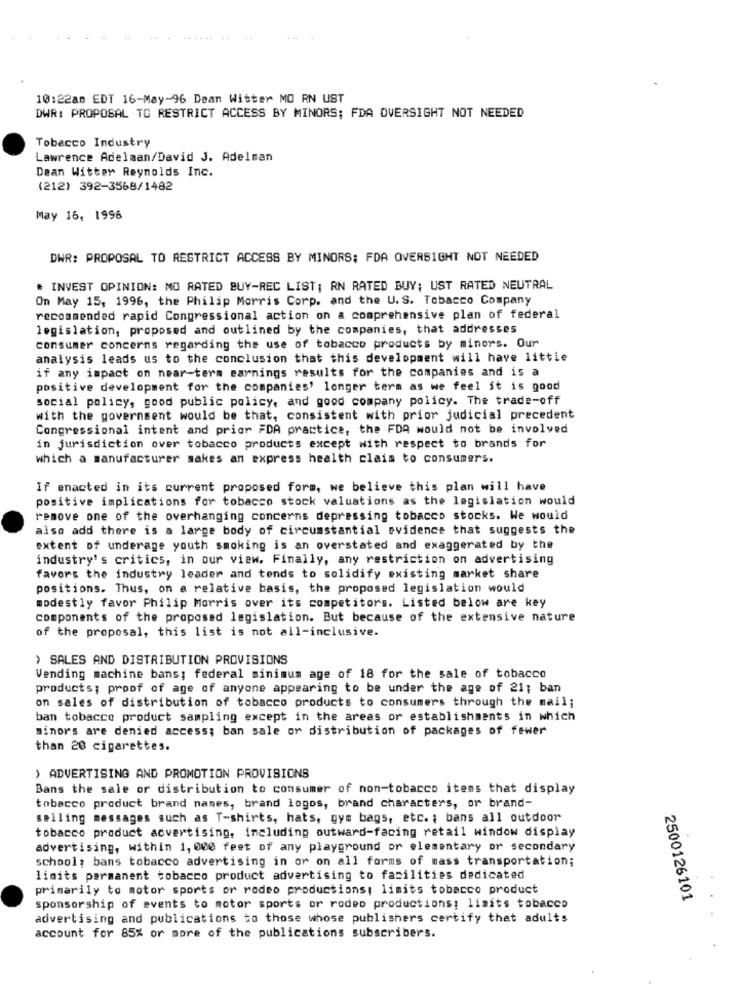
10:22am EDT 16-May-96 Dean Witter MO RN UST
DWR: PROPOSAL TO RESTRICT ACCESS BY MINORS; FDA OVERSIGHT NOT NEEDED
Tobacco Industry
Lawrence Adelman/David J. Adelman
Dean Witter Reynolds Inc.
(212) 392-3568/1482
May 16, 1996
DWR: PROPOSAL TO RESTRICT ACCESS BY MINORS; FDA OVERSIGHT NOT NEEDED
* INVEST OPINION: MO RATED BUY-REC LIST; RN RATED BUY; UST RATED NEUTRAL
On May 15, 1996, the Philip Morris Corp. and the U.S. Tobacco Company
recommended rapid Congressional action on a comprehensive plan of federal
legislation, proposed and outlined by the companies, that addresses
consumer concerns regarding the use of tobacco products by minors. Our
analysis leads us to the conclusion that this development will have little
if any impact on near-term earnings results for the companies and is a
positive development for the companies' longer term as we feel it is good
social policy, good public policy, and good company policy. The trade-off
with the government would be that, consistent with prior judicial precedent
Congressional intent and prior FDA practice, the FDA would not be involved
in jurisdiction over tobacco products except with respect to brands for
which a manufacturer makes an express health clais to consumers.
If enacted in its current proposed form, we believe this plan will have
positive implications for tobacco stock valuations as the legislation would
remove one of the overhanging concerns depressing tobacco stocks. We would
also add there is a large body of circumstantial evidence that suggests the
extent of underage youth smoking is an overstated and exaggerated by the
industry's critics, in our view. Finally, any restriction on advertising
favors the industry leader and tends to solidify existing market share
positions. Thus, on a relative basis, the proposed legislation would
modestly favor Philip Morris over its competitors. Listed below are key
components of the proposed legislation. But because of the extensive nature
of the proposal, this list is not all-inclusive.
› SALES AND DISTRIBUTION PROVISIONS
Vending machine bans; federal minimum age of 18 for the sale of tobacco
products; proof of age of anyone appearing to be under the age of 21; ban
on sales of distribution of tobacco products to consumers through the mail;
ban tobacco product sampling except in the areas or establishments in which
sinors are denied access; ban sale or distribution of packages of fewer
than 20 cigarettes.
> ADVERTISING AND PROMOTION PROVISIONS
Bans the sale or distribution to consumer of non-tobacco items that display
tobacco product brand names, brand logos, brand characters, or brand-
selling messages such as T-shirts, hats, gym bags, etc. ; bans all outdoor
tobacco product advertising, including outward-facing retail window display
advertising, within 1, 000 feet of any playground or elementary or secondary
school; bans tobacco advertising in or on all forms of mass transportation;
limits permanent tobacco product advertising to facilities dedicated
primarily to motor sports or rodeo productions; limits tobacco product
2500126101
sponsorship of events to motor sports or rodeo productions; limits tobacco
advertising and publications to those whose publishers certify that adults
account for 85% or more of the publications subscribers.